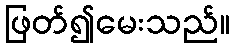
ဖြတ်၍မေးသည်။